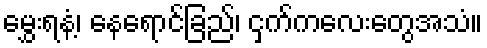
မွှေးရနံ့၊ နေရောင်ခြည်၊ ငှက်ကလေးတွေအသံ။